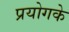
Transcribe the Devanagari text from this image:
प्रयोगके